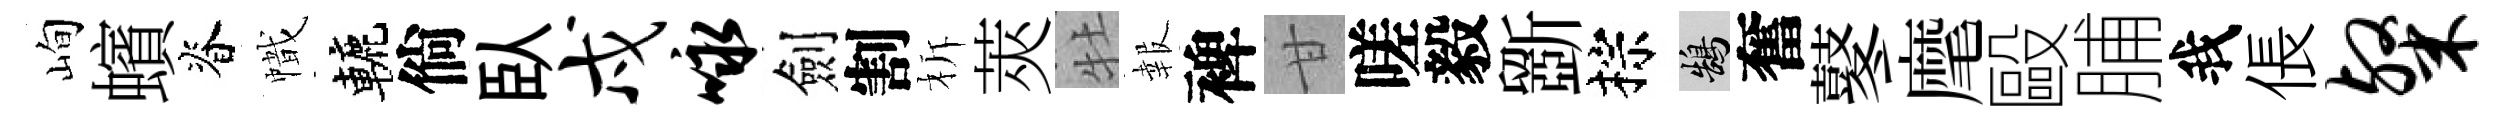
峋蠙脊幟轆倘臥戍咏劍割柝莢牡報裨甘嗟毅斵棕鵠奮鼕麾毆脯我倀粲